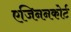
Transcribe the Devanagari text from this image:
एजिननकोर्ट